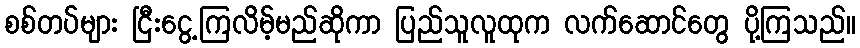
စစ်တပ်များ ငြီးငွေ့ကြလိမ့်မည်ဆိုကာ ပြည်သူလူထုက လက်ဆောင်တွေ ပို့ကြသည်။